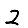
Digit: 2